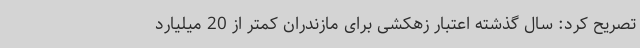
تصریح کرد: سال گذشته اعتبار زهکشی برای مازندران کمتر از 20 میلیارد